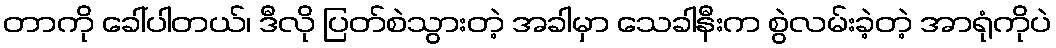
တာကို ခေါ်ပါတယ်၊ ဒီလို ပြတ်စဲသွားတဲ့ အခါမှာ သေခါနီးက စွဲလမ်းခဲ့တဲ့ အာရုံကိုပဲ